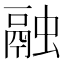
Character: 融